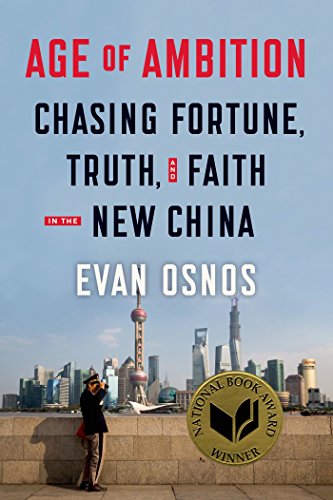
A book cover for Age of Ambition: Chasing Fortune, Truth, and Faith in the New China; Evan Osnos; Politics & Social Sciences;